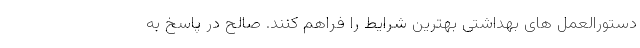
دستورالعمل های بهداشتی بهترین شرایط را فراهم کنند. صالح در پاسخ به